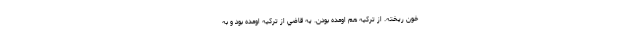
خون ريخته. از تركيه هم اومده بودن. يه قاضي از تركيه اومده بود و به